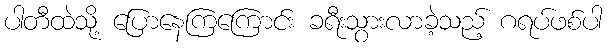
ပါတီထဲသို့ ပြောနေကြကြောင်း ခရီးသွားလာခဲ့သည့် ဂရပ်ဖစ်ပါ